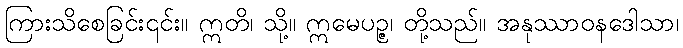
ကြားသိစေခြင်း၎င်း။ ဣတိ၊ သို့။ ဣမေပဉ္ဇ၊ တို့သည်။ အနုဿာဝနဒေါသာ၊